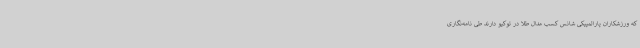
که ورزشکاران پارالمپیکی شانس کسب مدال طلا در توکیو دارند طی نامه‌نگاری